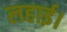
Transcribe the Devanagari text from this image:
लहाई।